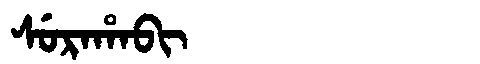
Manchu: ᠰᡠᡵᠠᡥᠠᠪᡳ
Romanization: SURAHABI